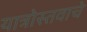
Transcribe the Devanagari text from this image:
यात्रोस्तवाचे